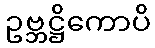
ဥဗ္ဘဋ္ဌိကောပိ